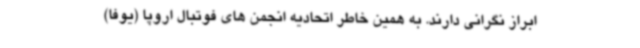
ابراز نگرانی دارند. به همین خاطر اتحادیه انجمن های فوتبال اروپا (یوفا)